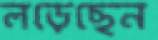
লড়েছেন